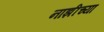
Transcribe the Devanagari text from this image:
नाझीच्या